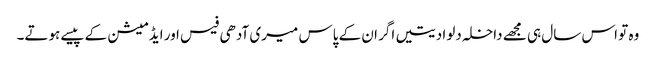
وہ تو اس سال ہی مجھے داخلہ دلوا دیتیں اگر ان کے پاس میری آدھی فیس اور ایڈمیشن کے پیسے ہوتے۔